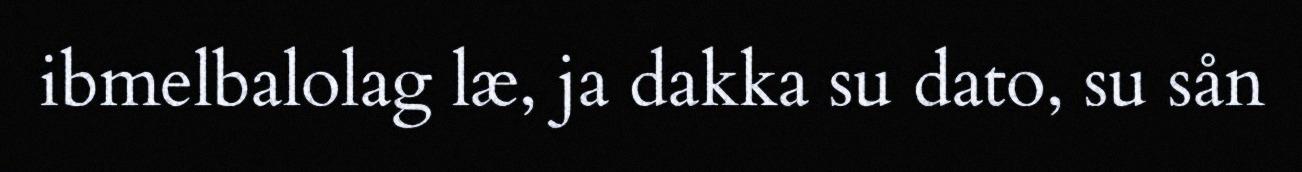
ibmelbalolag læ, ja dakka su dato, su sån